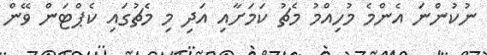
ނުކުންނަ އެންމެ މުހިއްމު މެޗު ކަމަށާއި އަދި މި މެޗުގައި ކެޕްޓަން ވޭން